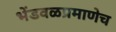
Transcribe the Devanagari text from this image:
भेंडवळप्रमाणेच